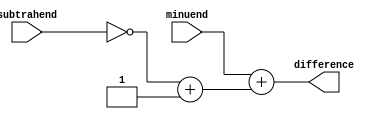
module structural_subtractor(
    input [3:0] minuend,
    input [3:0] subtrahend,
    output reg [3:0] difference
);

wire [3:0] complement;
wire carryout;

// Logic for computing 2's complement of subtrahend
assign complement = ~subtrahend + 4'b1;

// Carry Lookahead logic for subtraction
assign carryout = (minuend[0] & ~complement[0]) | (~minuend[0] & complement[0]);

always @* begin
    difference = minuend + complement;
end

endmodule